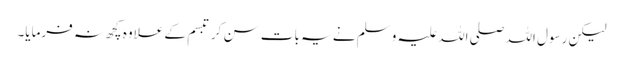
لیکن رسول اللہ صلی اللہ علیہ و سلم نے یہ بات سن کر تبسم کے علاوہ کچھ نہ فرمایا۔